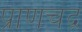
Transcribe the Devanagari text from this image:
प्राणचंद्र